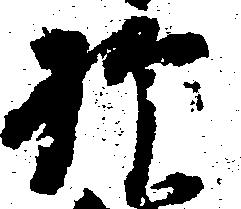
抑